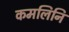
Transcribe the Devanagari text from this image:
कमलिनि